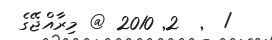
/